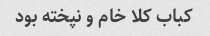
کباب کلا خام و نپخته بود